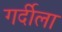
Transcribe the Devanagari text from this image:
गर्दीला